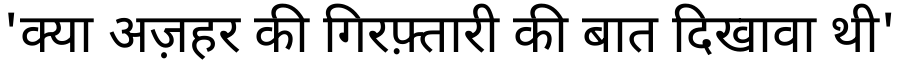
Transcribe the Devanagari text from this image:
'क्या अज़हर की गिरफ़्तारी की बात दिखावा थी'